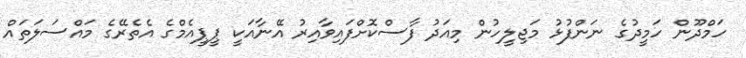
ހަމްދޫން ހަމީދުގެ ނަންފުޅު މަޖިލީހުން މިއަދު ފާސްކޮށްފައިވާއިރު އޭނާއަކީ ޕީޕީއެމްގެ އެތެރޭގެ މައްސަލަތައް